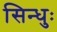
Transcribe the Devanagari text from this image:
सिन्धुः